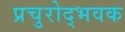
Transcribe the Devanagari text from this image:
प्रचुरोद्भवक